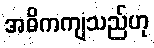
အဓိကကျသည်ဟု